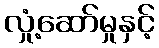
လှုံ့ဆော်မှုနှင့်